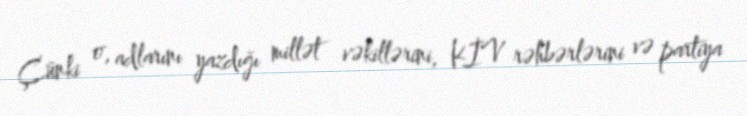
Çünki o, adlarını yazdığı millət vəkillərini, KİV rəhbərlərini və partiya